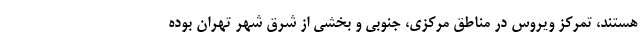
هستند، تمرکز ویروس در مناطق مرکزی، جنوبی و بخشی از شرق شهر تهران بوده